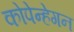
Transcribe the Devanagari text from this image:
कोपेन्हेगन